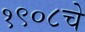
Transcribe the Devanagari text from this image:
१९०८चे